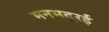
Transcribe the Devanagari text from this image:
मनमदुरई